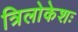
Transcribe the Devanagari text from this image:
त्रिलोकेशः